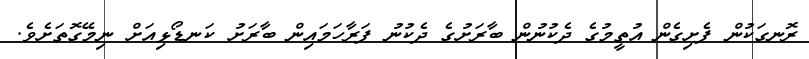
ރޮނގަކުން ފެށިގެން އުތީމުގެ ދެކުނުން ބާރަށުގެ ދެކުނު ފަރާހަމައިން ބާރަށު ކަނޑޯޅިއަށް ނިމޭގޮތަށެވެ.